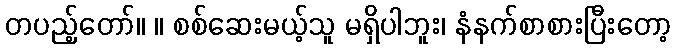
တပည့်တော်။ ။ စစ်ဆေးမယ့်သူ မရှိပါဘူး၊ နံနက်စာစားပြီးတော့